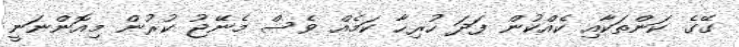
ގޭގެ ކަންތަކާއި ކެއްކުން ފަދަ ހުރިހާ ކަމެއް ވެސް މެނޭޖު ކުރުން މިއޮންނަނީ